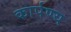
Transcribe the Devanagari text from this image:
कार्पण्य